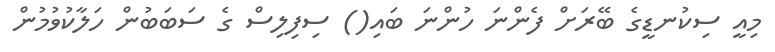
މިއީ ސިކުނޑީގެ ބޭރަށް ފެންނަ ހުންނަ ބައި() ސިފިލިސް ގެ ސަބަބުން ހަލާކުވުމުން